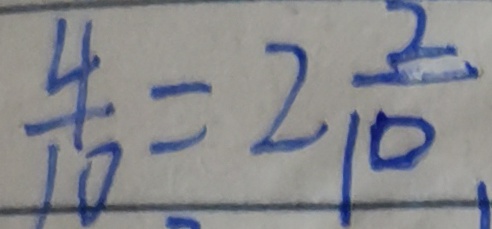
\frac { 4 } { 1 0 } = 2 \frac { 2 } { 1 0 }